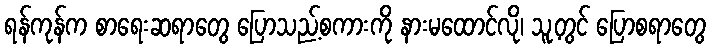
ရန်ကုန်က စာရေးဆရာတွေ ပြောသည့်စကားကို နားမထောင်လို၊ သူ့တွင် ပြောစရာတွေ